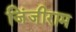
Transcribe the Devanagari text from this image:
जिंजीराम